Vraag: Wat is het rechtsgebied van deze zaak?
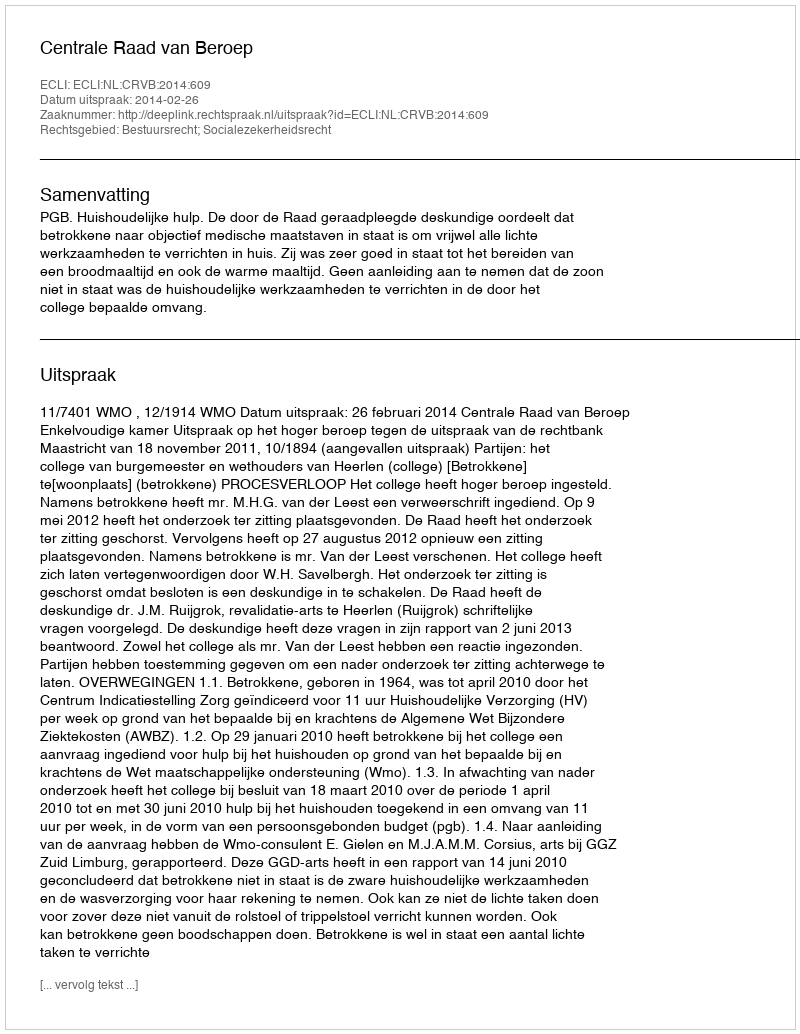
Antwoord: Bestuursrecht; Socialezekerheidsrecht